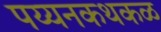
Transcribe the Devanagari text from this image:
पय्यनकथकळ